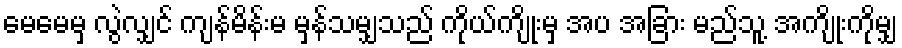
မေမေမှ လွဲလျှင် ကျန်မိန်းမ မှန်သမျှသည် ကိုယ်ကျိုးမှ အပ အခြား မည်သူ့ အကျိုးကိုမျှ